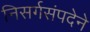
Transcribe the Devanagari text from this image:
निसर्गसंपदेने